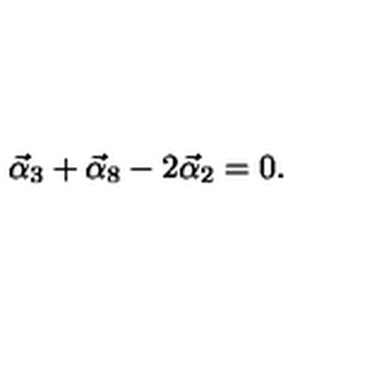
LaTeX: \vec { \alpha } _ { 3 } + \vec { \alpha } _ { 8 } - 2 \vec { \alpha } _ { 2 } = 0 .